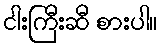
ငါးကြီးဆီ စားပါ။